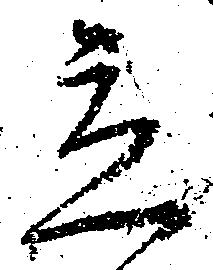
立